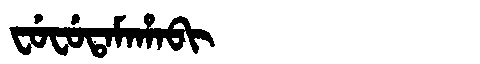
Manchu: ᠸᡠᠸᡠᡨᠠᠮᠠᡥᠠᠪᡳ
Romanization: FUFUTAMAHABI